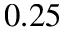
0 . 2 5